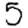
Digit: 5